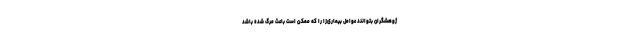
ژوهشگران بتوانند عوامل بیماری‌زا را که ممکن است باعث مرگ شده باشد